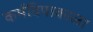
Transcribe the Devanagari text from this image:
कर्मविपाकाला